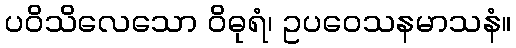
ပဝိသိလေသော ဝိဓုရံ၊ ဥပဝေသနမာသနံ။